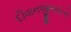
દીવાનજીભાઈએ